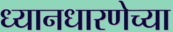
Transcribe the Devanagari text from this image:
ध्यानधारणेच्या